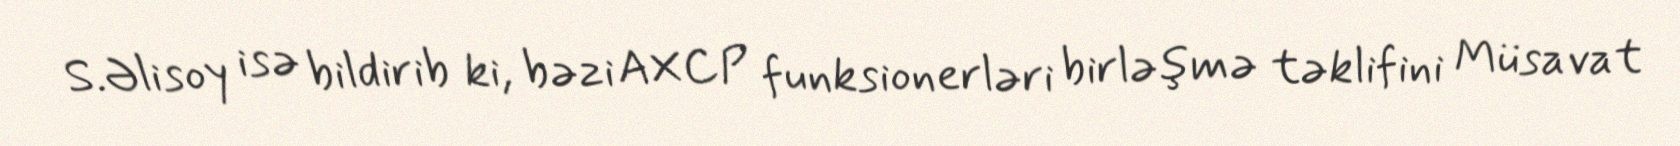
S.Əlisoy isə bildirib ki, bəzi AXCP funksionerləri birləşmə təklifini Müsavat